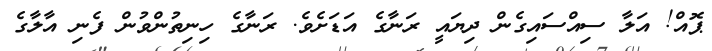
ޕޮއް! އަލާ ސިއްސައިގެން ދިޔައީ ރަނާގެ އަޑަށެވެ. ރަނާގެ ހިނިތުންވުން ފެނި އާލާގެ